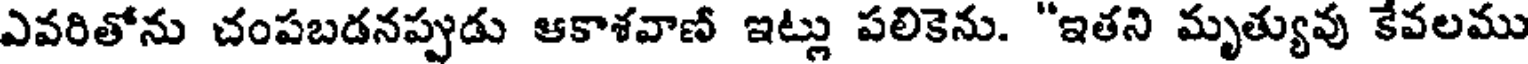
ఎవరితోను చంపబడనప్పుడు ఆకాశవాణ్ ఇట్లు పలికెను. "ఇతని మృత్యువు కేవలము